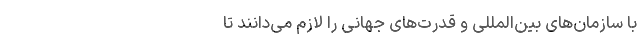
با سازما­ن­‌های بین­‌المللی و قدرت­‌های جهانی را لازم می­دانند تا